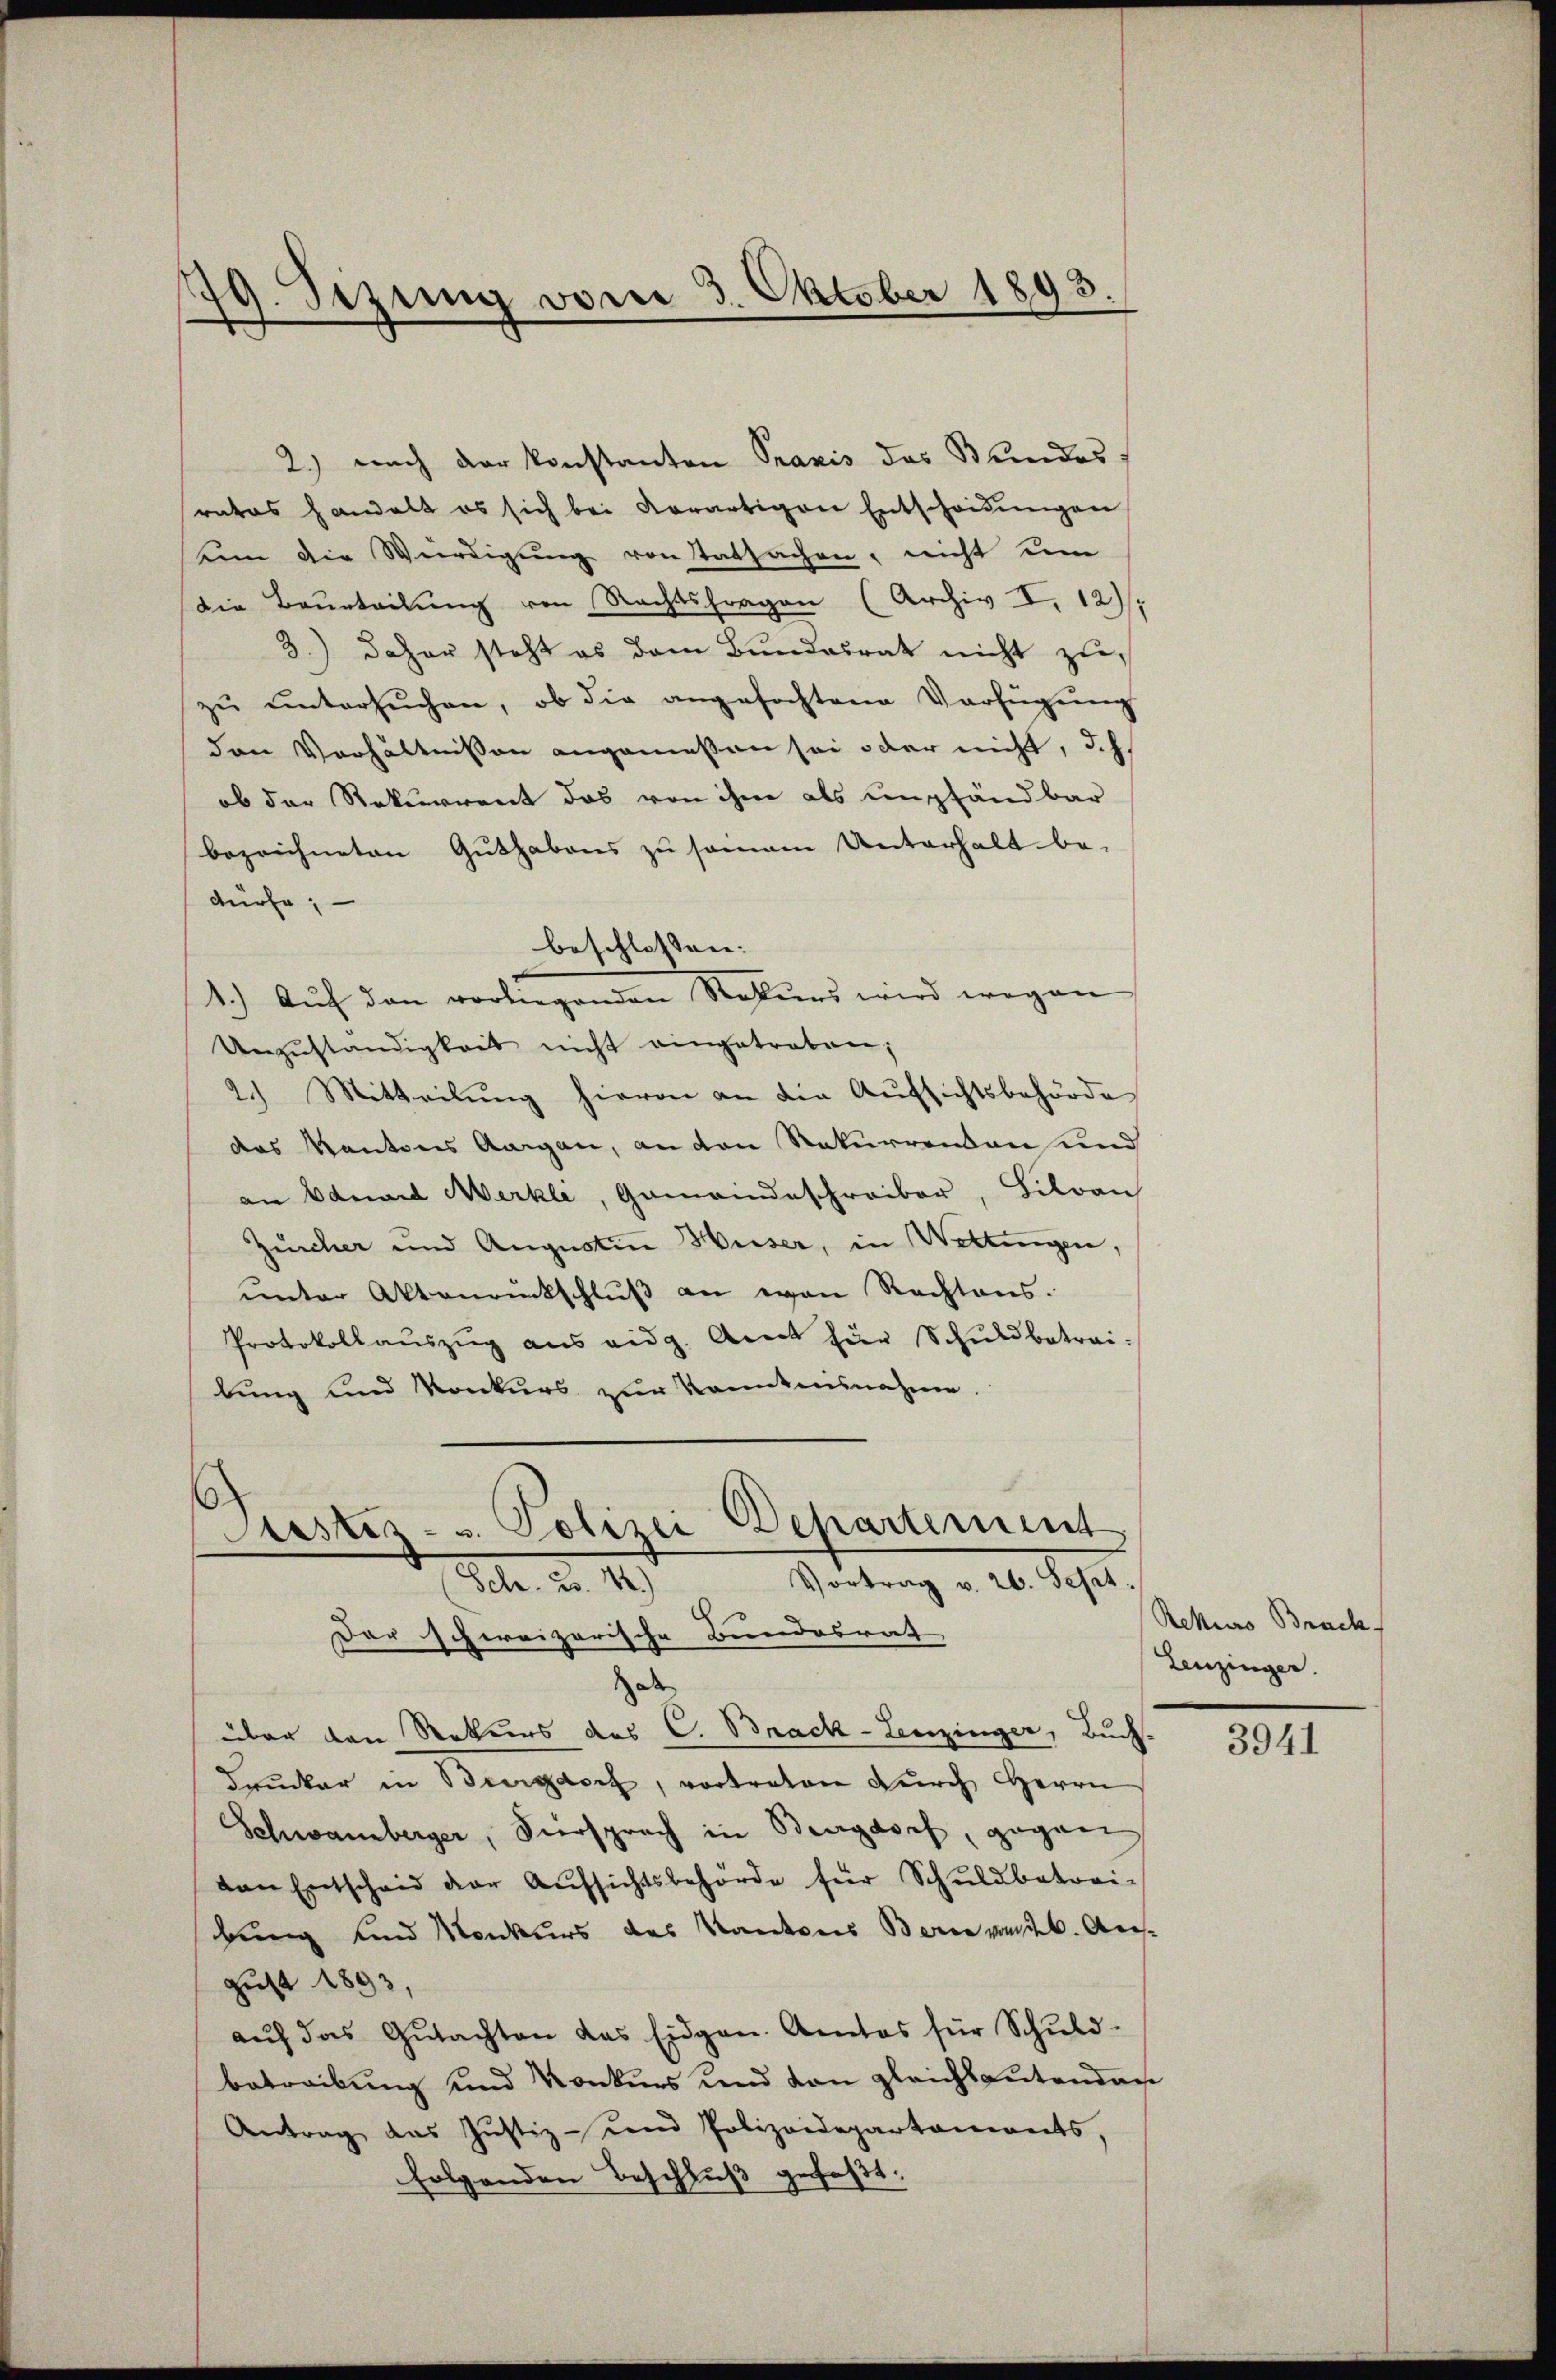
19. Sizung vom 3. Oktober 1893.

2.) nach der Konstanton Praxis des Bundes
ratos handelt es sich bei Korartigen Entscheidŭngen,
uin die Würdigung von Tatsachen, nicht um
die Beurteilung von Nachtsfragen (Archiv V. 12/1
3.) daher steht es dem Bŭndesrat nicht zu,
zŭ ŭntersŭchen, ob die angefochtene Verfügŭng
den Verhältnissen angemessen sei oder nicht, d.h.
ob der Rekurrent das von ihm als empfandbar
bezeichneten Guthabens zu sammann Unterhalt be-
dürfe;
1.) Auf den vorliegenden Rekurs wird wegen
Unzŭständigkeit nicht eingetreten;
2.) Mitteilŭng hievon an die Aŭfsichtsbehörde
das Kantons Aargau, an den Rekurrenden und
an Eduard Merkli, Gemeindeschreiber, Silvan
Zürcher und Augustin Weiser, in Wettingen,
ŭnter Aktenrückschlŭβ an von Rechtens.
Protokollaŭszŭg ans eidg. Amt für Schuldbetrai-
lung und Konkurs zur kanntensnahme

beschlossen:

Justiz- u. Polizei Departement
Vortrag v. 26. Sept
Feb. 2. 19
Der schweizerische Bundesrat

Hab
über den Rekurs des C. Brack-Leuzinger, Buch.
drucker in Bergorf, vortreten durch Herrn
Schwamberger, Viersprach in Burgdorf, gegen
van Entscheid der Aŭfsichtsbehörde für Schuldbetrei-
bung und Konkurs des Kantons Berne von Ausgust 1893,
aŭf das Gŭtachten das Eidgen. Amtes für Schŭld-
betreibung und Konkurs und von gleichsgutendan
Antrag das Justiz- und Polizeidepartoniorats,
folgenden Beschluß gefaßt:

Rekurs Brach
Leuzinger.

3941